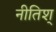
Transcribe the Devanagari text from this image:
नीतिश्